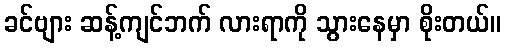
ခင်ဗျား ဆန့်ကျင်ဘက် လားရာကို သွားနေမှာ စိုးတယ်။